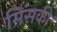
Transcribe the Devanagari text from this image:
मिंसकी